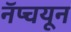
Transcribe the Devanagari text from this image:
नॅप्चयून